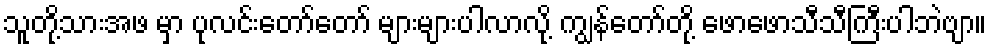
သူတို့သားအဖ မှာ ပုလင်းတော်တော် များများပါလာလို့ ကျွန်တော်တို့ ဖောဖောသီသီကြီးပါဘဲဗျာ။